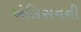
એલિસનની